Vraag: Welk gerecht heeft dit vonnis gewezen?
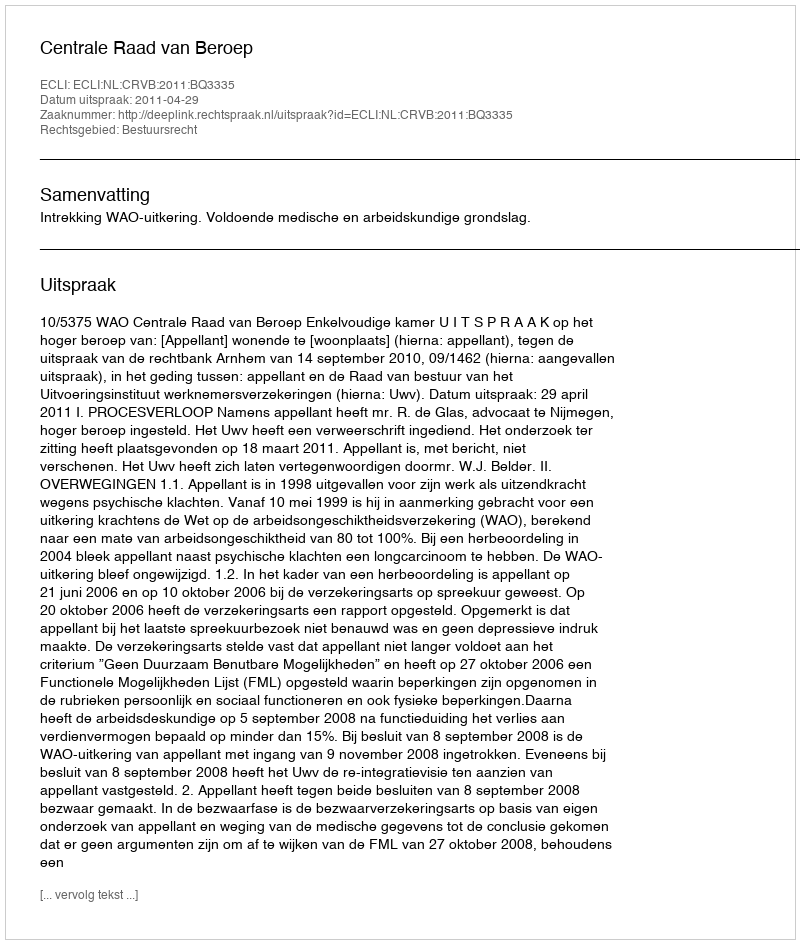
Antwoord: Centrale Raad van Beroep